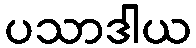
ပသာဒါယ